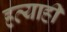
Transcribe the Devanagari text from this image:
हत्याही